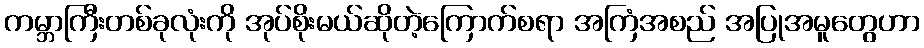
ကမ္ဘာကြီးတစ်ခုလုံးကို အုပ်စိုးမယ်ဆိုတဲ့ကြောက်စရာ အကြံအစည် အပြုအမူတွေဟာ